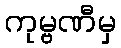
ကုမ္ဗဏီမှ